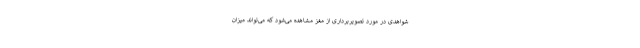
شواهدی در مورد تصویربرداری از مغز مشاهده می‌شود که می‌تواند میزان